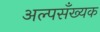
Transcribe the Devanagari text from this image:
अल्पसँख्यक